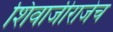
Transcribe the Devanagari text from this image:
शिवाजीराजेच